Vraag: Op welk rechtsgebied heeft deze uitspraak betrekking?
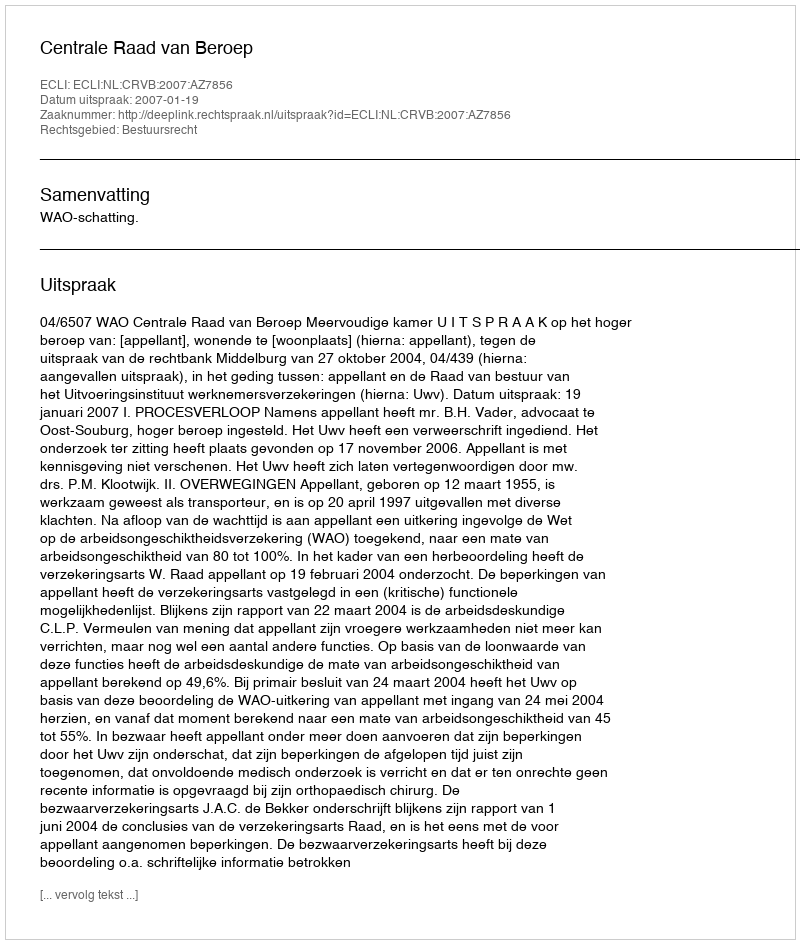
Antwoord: Bestuursrecht